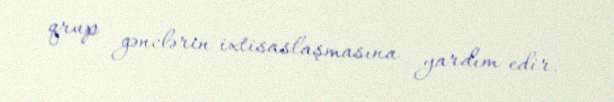
qrup gənclərin ixtisaslaşmasına yardım edir.